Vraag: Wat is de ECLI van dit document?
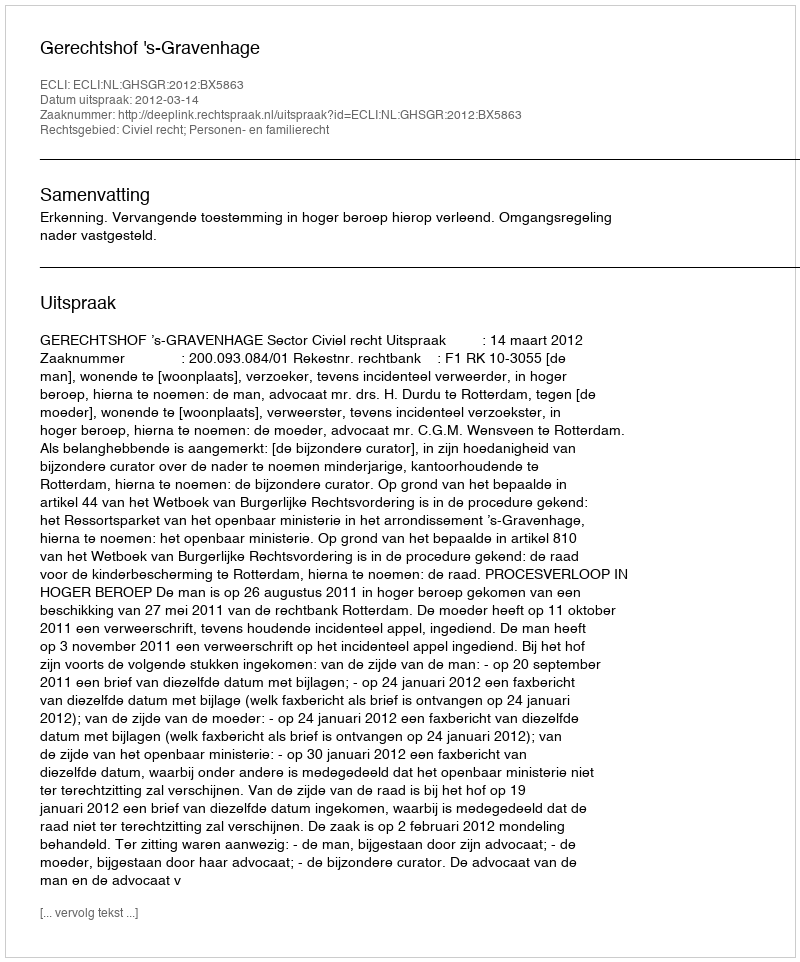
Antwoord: ECLI:NL:GHSGR:2012:BX5863